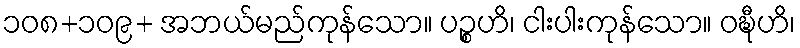
၁၀၈+၁၀၉+ အဘယ်မည်ကုန်သော။ ပဉ္စဟိ၊ ငါးပါးကုန်သော။ ဝဍ္ဎီဟိ၊